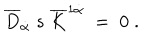
\overline { { { D } } } _ { \dot { \alpha } } \; s \; \overline { { { K } } } ^ { 1 \dot { \alpha } } \; = \; 0 \; .